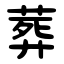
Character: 葬